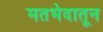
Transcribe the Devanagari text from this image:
मतभेदातून